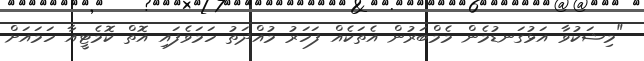
"މިޝަކުވާ އަޅުގަނޑުމެން މެމްބަރުން އެތަކެއް ފަހަރު މުއްދަތު ހަމަވެފައި އޮތް ކޮމެޓީއާ ހަމައަށް